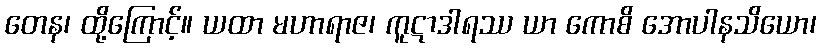
တေန၊ ထို့ကြောင့်။ ယထာ မဟာရာဇ၊ ကူဋာဒါရဿ ယာ ကောစိ အောပါနသိယော၊